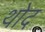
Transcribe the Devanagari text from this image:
थोद